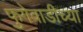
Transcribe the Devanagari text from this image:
फुगेवाडीच्या